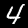
Digit: 4